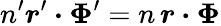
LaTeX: n^{\prime}\boldsymbol r^{\prime}\boldsymbol\cdot\boldsymbol\Phi^{\prime}=n\, \boldsymbol r\boldsymbol\cdot\boldsymbol\Phi